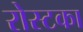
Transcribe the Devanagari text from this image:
रोस्टका